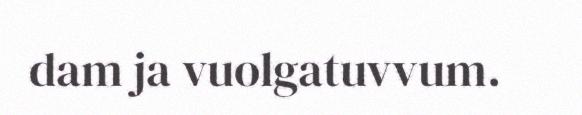
dam ja vuolgatuvvum.